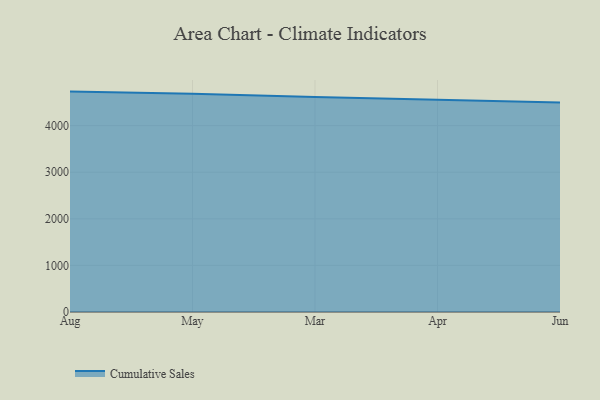
{"axis": {"x": "Month", "y": "Net Income (USD K)"}, "legend": ["Cumulative Sales"], "data": [{"x": "Aug", "y": 4729.4, "type": "Cumulative Sales"}, {"x": "May", "y": 4681.3, "type": "Cumulative Sales"}, {"x": "Mar", "y": 4611.3, "type": "Cumulative Sales"}, {"x": "Apr", "y": 4545.4, "type": "Cumulative Sales"}, {"x": "Jun", "y": 4493.9, "type": "Cumulative Sales"}]}